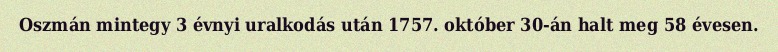
Oszmán mintegy 3 évnyi uralkodás után 1757. október 30-án halt meg 58 évesen.